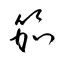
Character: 笳